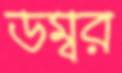
ডম্বর